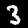
Label: 3